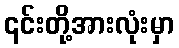
၎င်းတို့အားလုံးမှာ